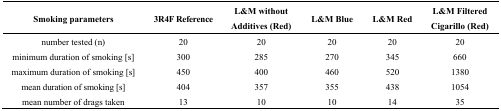
| Smoking parameters | 3R4F Reference | L&M without Additives (Red) | L&M Blue | L&M Red | L&M Filtered Cigarillo (Red) |
 | --- | --- | --- | --- | --- | --- |
 | number tested (n) | 20 | 20 | 20 | 20 | 20 |
 | minimum duration of smoking [s] | 300 | 285 | 270 | 345 | 660 |
 | maximum duration of smoking [s] | 450 | 400 | 460 | 520 | 1380 |
 | mean duration of smoking [s] | 404 | 357 | 355 | 438 | 1054 |
 | mean number of drags taken | 13 | 10 | 10 | 14 | 35 |